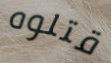
قتلوه